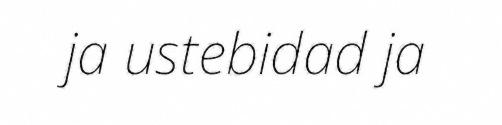
ja ustebidad ja